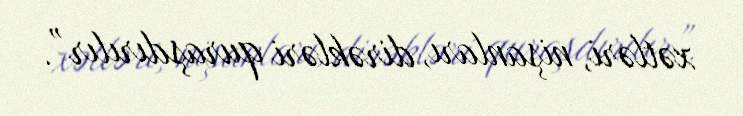
xətləri, nişanları, dirəkləri quraşdırılır”.